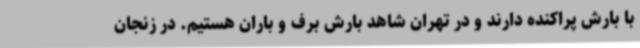
با بارش پراکنده دارند و در تهران شاهد بارش برف و باران هستیم. در زنجان